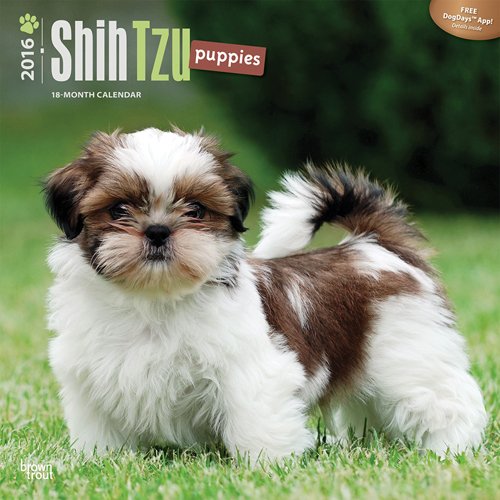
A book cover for Shih Tzu Puppies 2016 Square 12x12; Browntrout Publishers; Calendars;